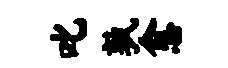
叱孰愈